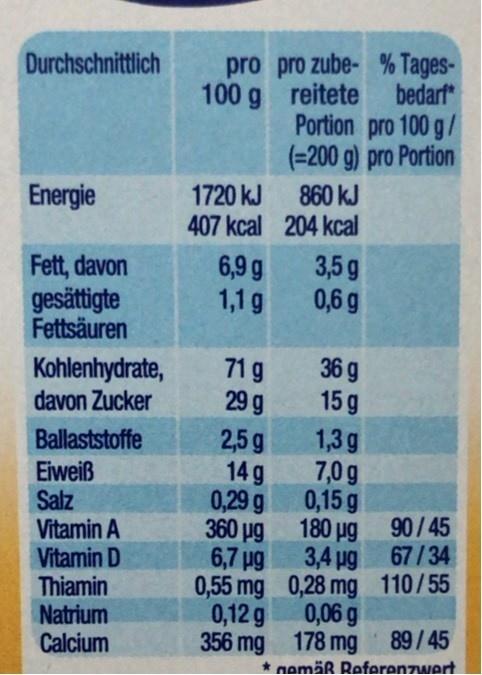
pro pro zube- % Tages- bedarf* Portion pro 100 g/ (=200 g) pro Portion
Durchschnittlich
100 g reitete
1720 kJ 407 kcal 204 kcal
Energie
860 kJ
6,9 g 1,1 g
3,5g 0,6 g
Fett, davon
gesättigte Fettsäuren
71g
36 g
Kohlenhydrate, davon Zucker
29 g
15 g
1,3g
2,5 g 14 g 0,29 g 360 ug 6,7 pg 0,55 mg 0,28 mg 110/55 0,12 g 356 mg 178 mg
Ballaststoffe
7,0 g 0,15 g
Eiweiß Salz Vitamin A Vitamin D Thiamin Natrium Calcium
180 µg
90/45
3,4 ug 67/34
0,06 g
89/45
* nemäß Referenzwert